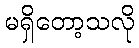
မရှိတော့သလို